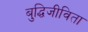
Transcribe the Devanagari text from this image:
बुद्धिजीविता